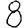
Digit: 8